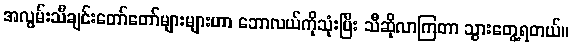
အလွမ်းသီချင်းတော်တော်များများဟာ ဘောလယ်ကိုသုံးပြီး သီဆိုလာကြတာ သွားတွေ့ရတယ်။